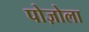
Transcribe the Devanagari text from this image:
पोज़ोला